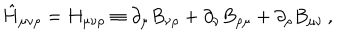
\hat { H } _ { \mu \nu \rho } = H _ { \mu \nu \rho } \equiv \partial _ { \mu } B _ { \nu \rho } + \partial _ { \nu } B _ { \rho \mu } + \partial _ { \rho } B _ { \mu \nu } \, ,